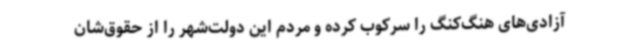
آزادی‌های هنگ‌کنگ را سرکوب کرده و مردم این دولت‌شهر را از حقوق‌شان